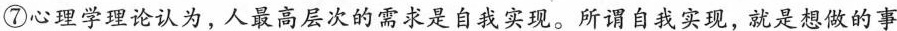
⑦心理学理论认为，人最高层次的需求是自我实现。所谓自我实现，就是想做的事